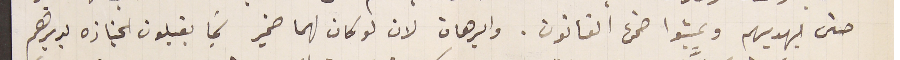
حتى يهديهم ويمشوا ضمن القانون. والبرهان لان لو كان لهما ضمير لما يقبلون الجنازه بديرهم